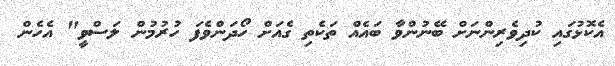
އެކޮޅުގައި ކުދިވެރިންނަށް ބޭނުންވާ ބައެއް ތަކެތި ގެއަށް ހޯދަންވެފަ ހުރުމުން ލަސްވީ" އެހެން